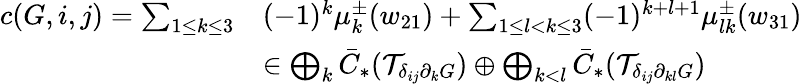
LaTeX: \begin{array}{rl}{c(G,i,j)=\sum_{1\leq k\leq 3}}&{(-1)^{k}\mu_{k}^{\pm}(w_{21})+\sum_{1\leq l<k\leq 3}(-1)^{k+l+1}\mu_{lk}^{\pm}(w_{31})}\\ &{\in\bigoplus_{k}\bar{C}_{*}(\mathcal{T}_{\delta_{ij}\partial_{k}G})\oplus\bigoplus_{k<l}\bar{C}_{*}(\mathcal{T}_{\delta_{ij}\partial_{kl}G})}\end{array}